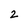
Character: 2